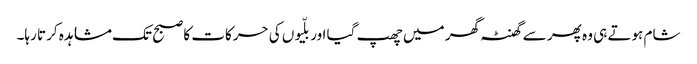
شام ہوتے ہی وہ پھر سے گھنٹہ گھر میں چھپ گیا اور بلّیوں کی حرکات کا صبح تک مشاہدہ کرتا رہا۔